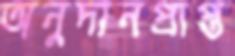
অনুদানপ্রাপ্ত